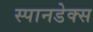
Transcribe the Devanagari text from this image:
स्पानडेक्स